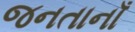
જનતાનાઁ